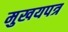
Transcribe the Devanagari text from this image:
मुखयपत्र